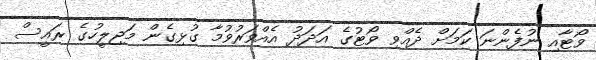
ވޯޓާއި ނުފެންނަ ކަމަށް ދެއްވި ވޯޓުގެ އަދަދު އެއްވަރުވުމާ ގުޅިގެން މަޖިލީހުގެ ރައީސް